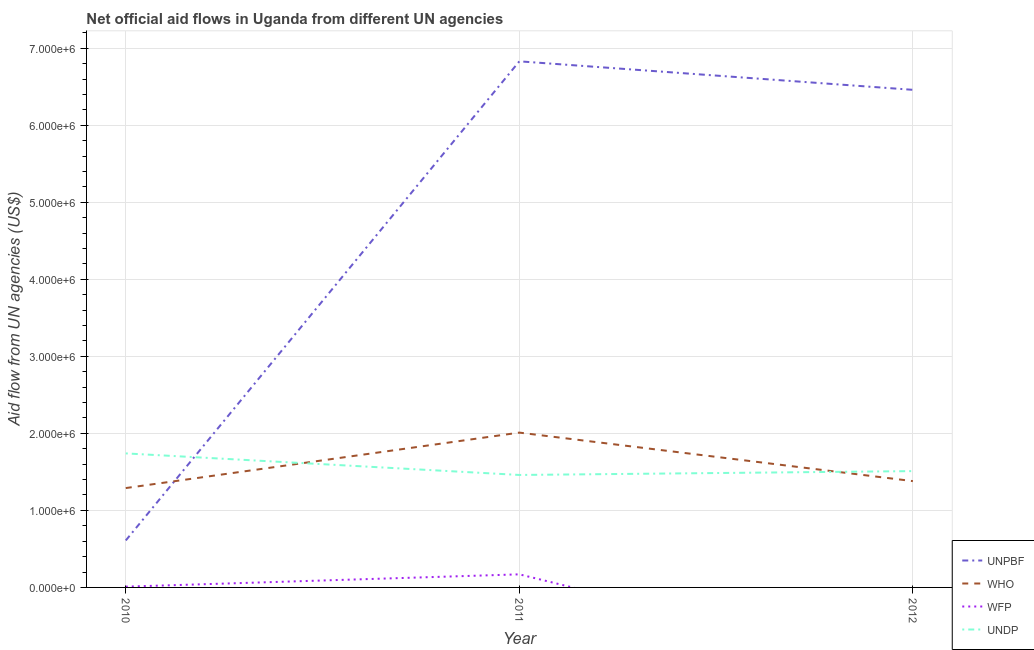
| Year | UNPBF | WHO | WFP | UNDP |
 | --- | --- | --- | --- | --- |
 | 2010 | 6.1e+05 | 1.29e+06 | 1e+04 | 1.74e+06 |
 | 2011 | 6.83e+06 | 2.01e+06 | 1.7e+05 | 1.46e+06 |
 | 2012 | 6.46e+06 | 1.38e+06 | -1.09e+06 | 1.51e+06 |